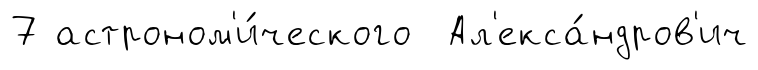
7 астроном'и́ческого Ал'екса́ндров'ич